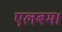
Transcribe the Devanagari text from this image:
एलबम।